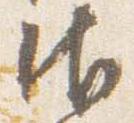
御